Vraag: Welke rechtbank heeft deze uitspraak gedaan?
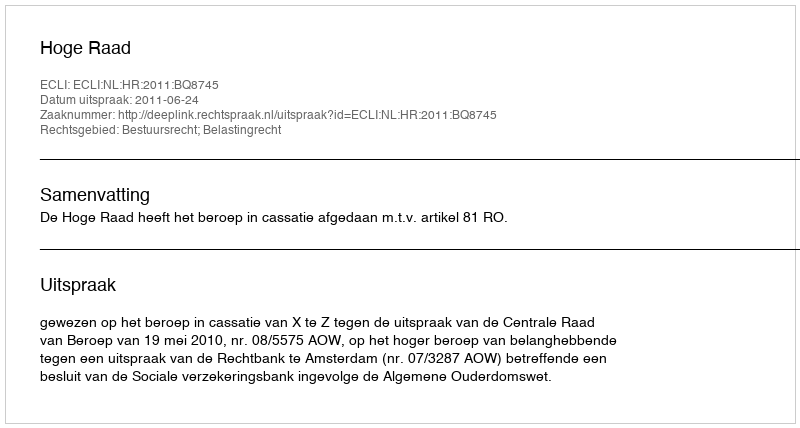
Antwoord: Hoge Raad